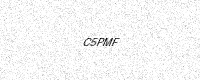
Text: C5PMF